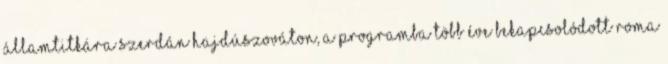
államtitkára szerdán Hajdúszováton, a programba több éve bekapcsolódott roma